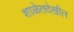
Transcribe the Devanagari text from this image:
शाळेतदेखील